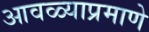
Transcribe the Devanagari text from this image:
आवळ्याप्रमाणे